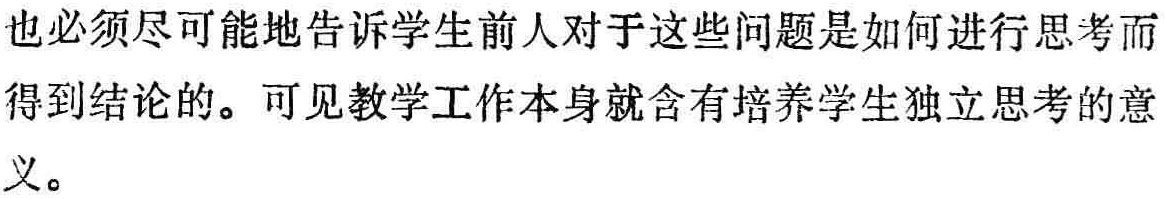
也必须尽可能地告诉学生前人对于这些问题是如何进行思考而得到结论的。可见教学工作本身就含有培养学生独立思考的意义。